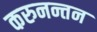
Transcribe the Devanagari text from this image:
करुनन्तन